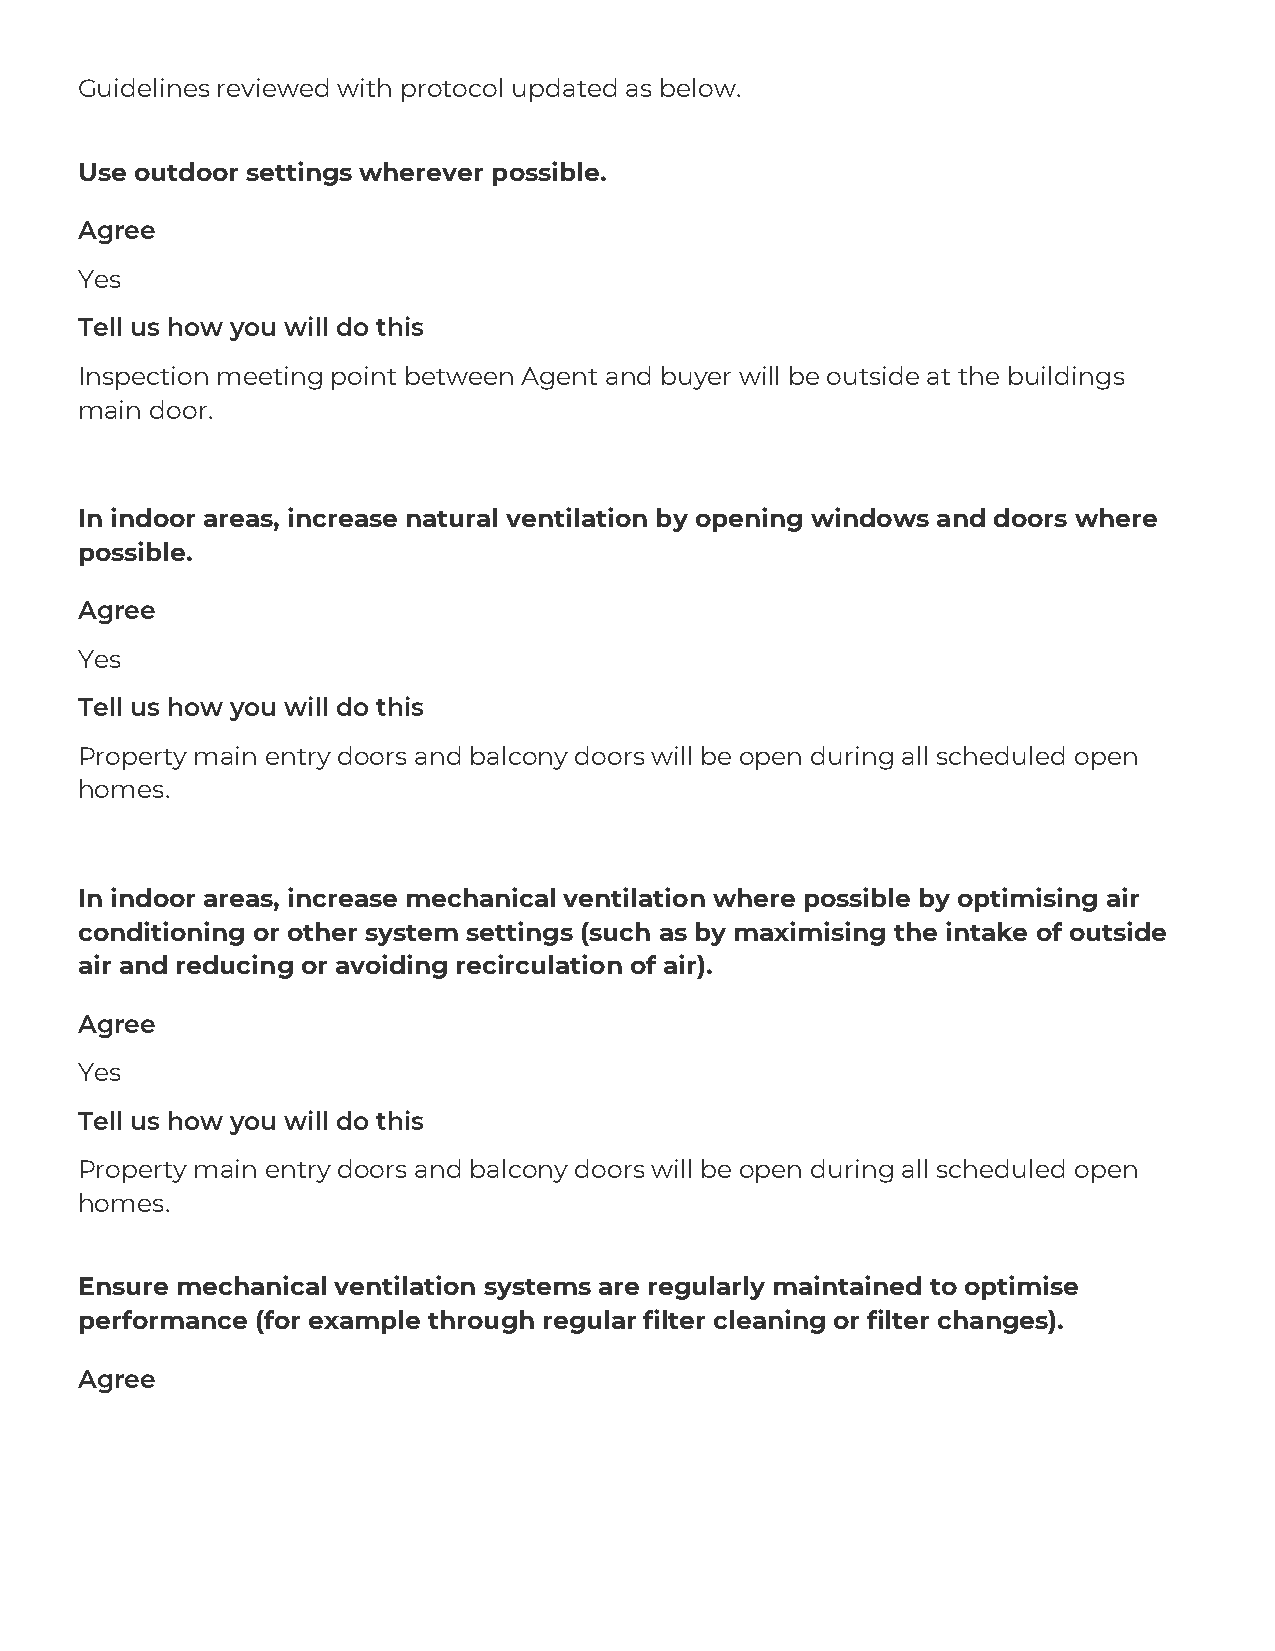
Guidelines reviewed with protocol updated as below.
 Use outdoor settings wherever possible.
 Agree
 Yes
 Tell us how you will do this
 Inspection meeting point between Agent and buyer will be outside at the buildings
 main door.
 In indoor areas, increase natural ventilation by opening windows and doors where
 possible.
 Agree
 Yes
 Tell us how you will do this
 Property main entry doors and balcony doors will be open during all scheduled open
 homes.
 In indoor areas, increase mechanical ventilation where possible by optimising air
 conditioning or other system settings (such as by maximising the intake of outside
 air and reducing or avoiding recirculation of air).
 Agree
 Yes
 Tell us how you will do this
 Property main entry doors and balcony doors will be open during all scheduled open
 homes.
 Ensure mechanical ventilation systems are regularly maintained to optimise
 performance (for example through regular filter cleaning or filter changes).
 Agree